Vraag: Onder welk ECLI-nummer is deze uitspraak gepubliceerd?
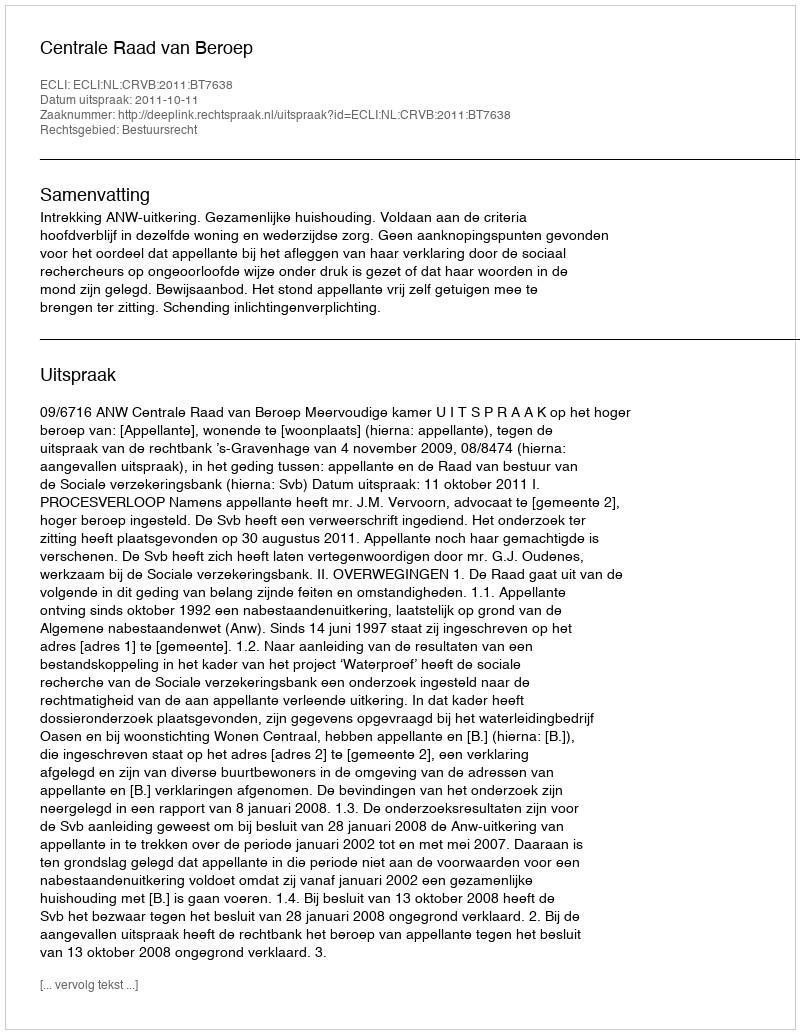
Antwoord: ECLI:NL:CRVB:2011:BT7638